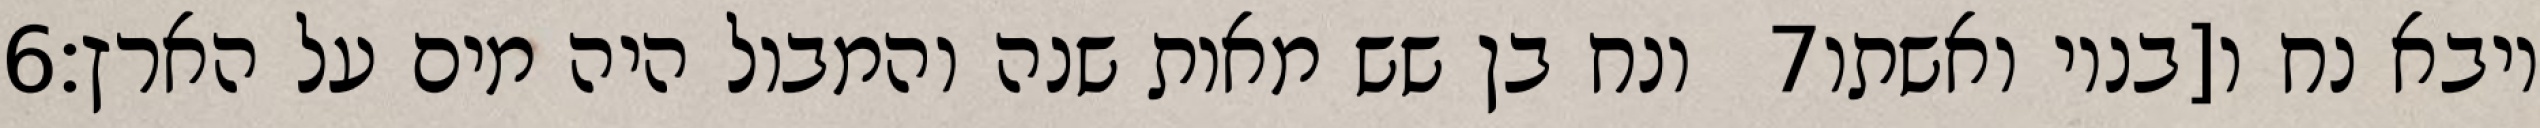
‎6‏ ונח בן שש מאות שנה והמבול היה מים על הארץ׃ ‎7‏ ויבא נח ו[בניו ואשתו